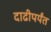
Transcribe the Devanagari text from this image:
दाढीपर्यंत